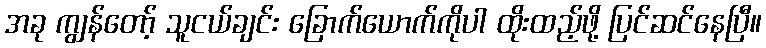
အခု ကျွန်တော့် သူငယ်ချင်း ခြောက်ယောက်ကိုပါ ထိုးထည့်ဖို့ ပြင်ဆင်နေပြီ။